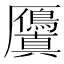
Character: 𭆘